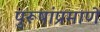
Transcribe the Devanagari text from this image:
पुरूषांप्रमाणे